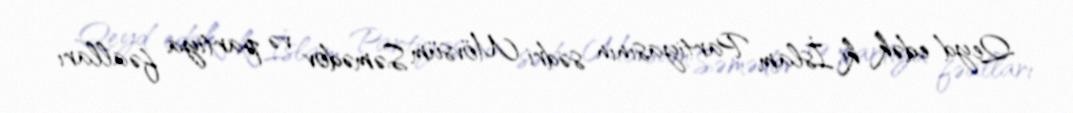
Qeyd edək ki, İslam Partiyasının sədri Mövsüm Səmədov və partiya fəalları